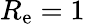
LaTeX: R_{\mathrm{e}}=1